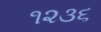
૧૨૩૬